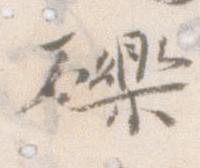
礫